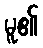
မူ၏